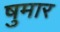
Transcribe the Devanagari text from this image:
षुमार